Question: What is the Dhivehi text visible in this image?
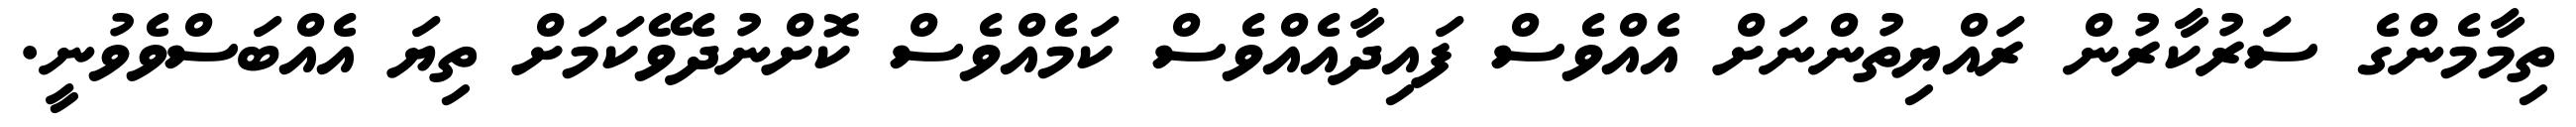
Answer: ތިމާމެންގެ ސަރުކާރުން ރައްޔިތުންނަށް އެއްވެސް ފައިދާއެއްވެސް ކަމެއްވެސް ކޮށްނުދެވޭކަމަށް ތިޔަ އެއްބަސްވެވުނީ.